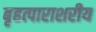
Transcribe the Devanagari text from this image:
बृहत्पाराशरीय